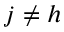
j \neq h